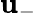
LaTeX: \mathbf{u}_{-}